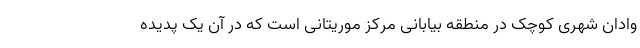
وادان شهری کوچک در منطقه بیابانی مرکز موریتانی است که در آن یک پدیده